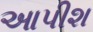
આપીશ